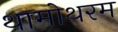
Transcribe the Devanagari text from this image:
थामोथरम